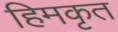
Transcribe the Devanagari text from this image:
हिमकृत